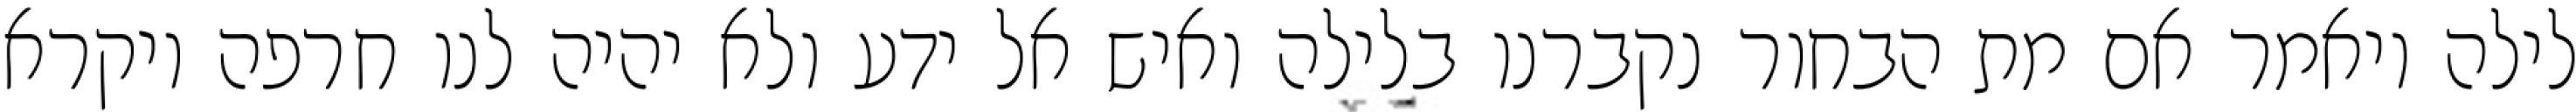
לילה ויאמר אם מת הבחור נקברנו בלילה ואיש אל ידע ולא יהיה לנו חרפה ויקרא